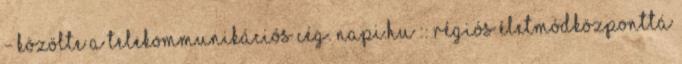
- közölte a telekommunikációs cég. napi.hu :: Régiós életmódközponttá